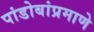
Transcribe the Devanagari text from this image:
पांडोबांप्रमाणे